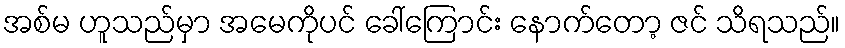
အစ်မ ဟူသည်မှာ အမေကိုပင် ခေါ်ကြောင်း နောက်တော့ ဇင် သိရသည်။